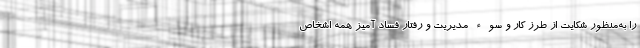
را به‌منظور شکایت از طرز کار و سوء مدیریت و رفتار فساد آمیز همه اشخاص